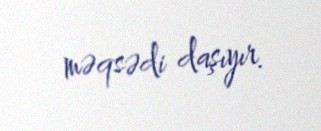
məqsədi daşıyır.